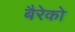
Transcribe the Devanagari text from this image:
बैरेको